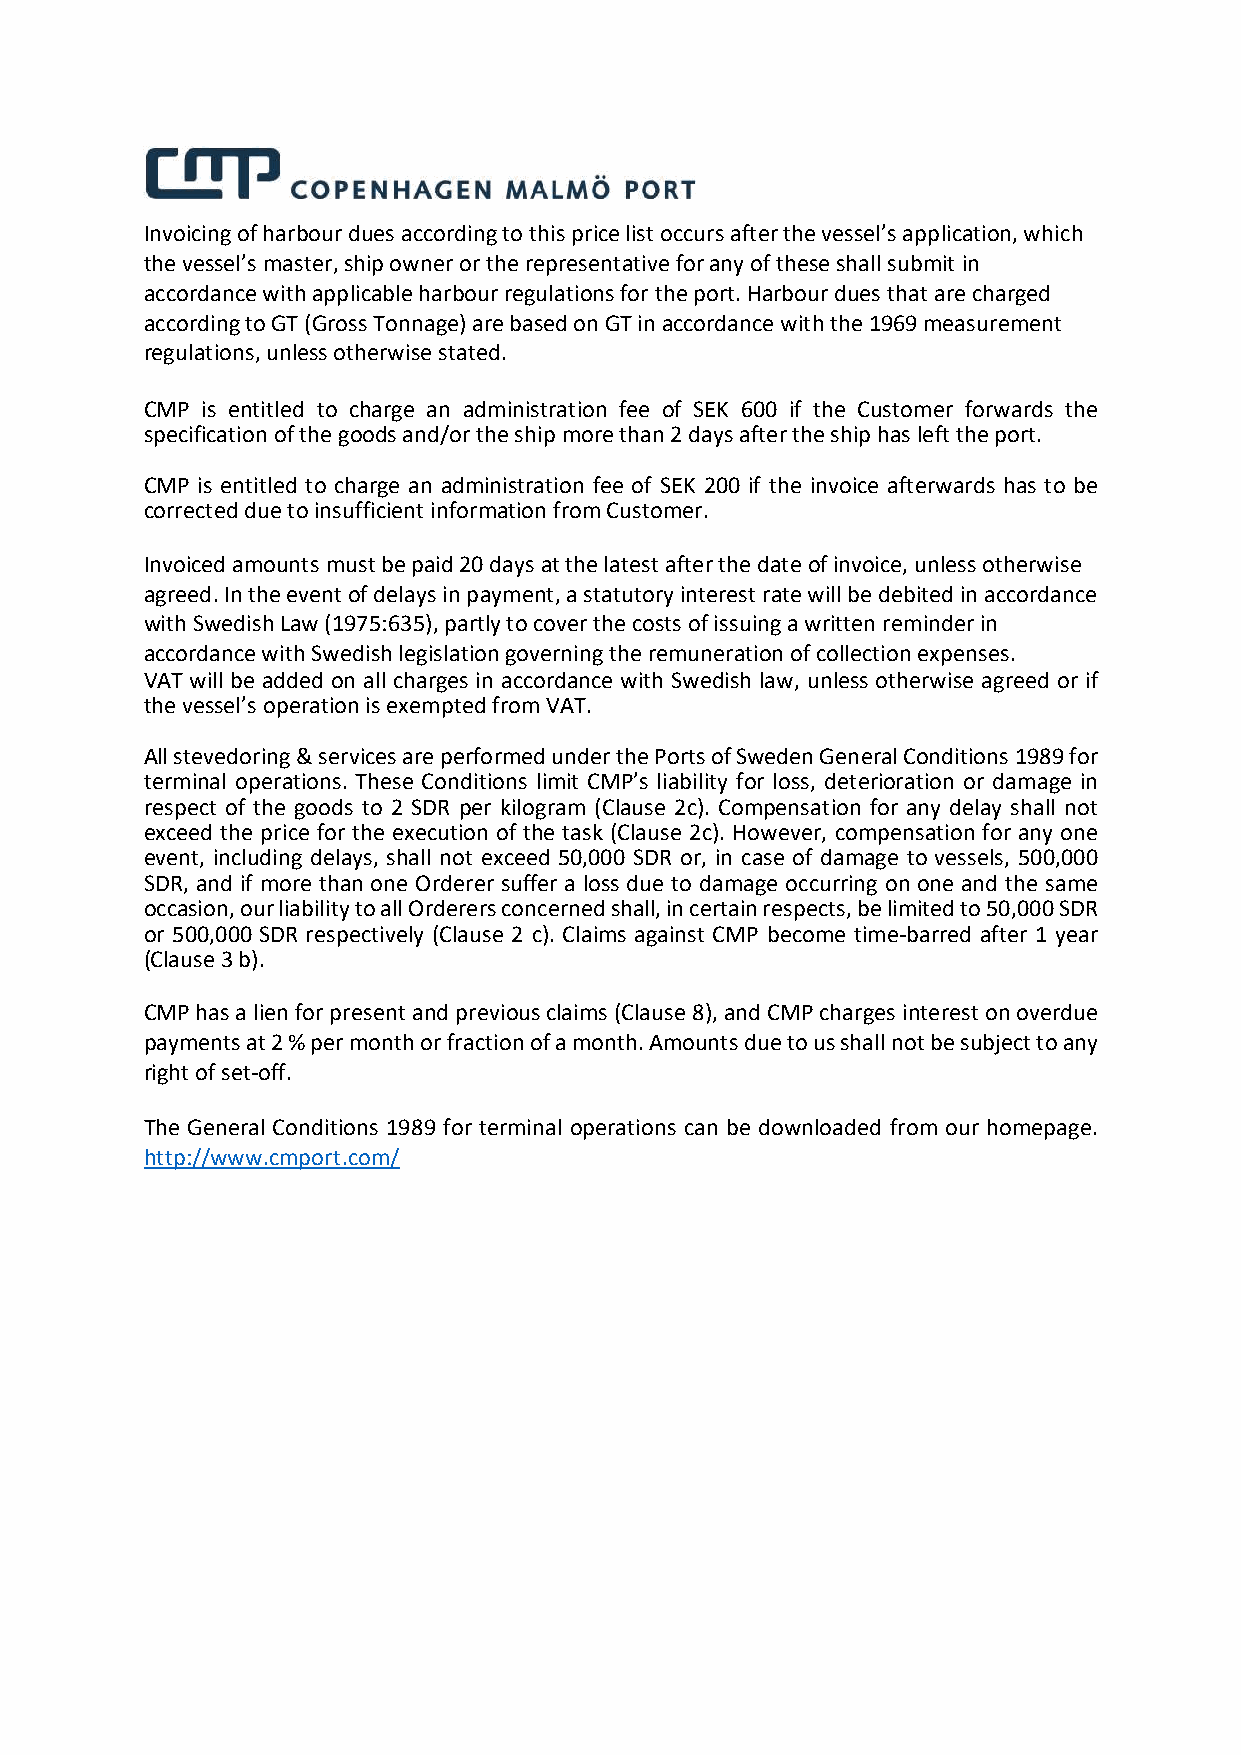
Invoicing of harbour dues according to this price list occurs after the vessel’s application, which
 the vessel’s master, ship owner or the representative for any of these shall submit in
 accordance with applicable harbour regulations for the port. Harbour dues that are charged
 according to GT (Gross Tonnage) are based on GT in accordance with the 1969 measurement
 regulations, unless otherwise stated.
 CMP is entitled to charge an administration fee of SEK 600 if the Customer forwards the
 specification of the goods and/or the ship more than 2 days after the ship has left the port.
 CMP is entitled to charge an administration fee of SEK 200 if the invoice afterwards has to be
 corrected due to insufficient information from Customer.
 Invoiced amounts must be paid 20 days at the latest after the date of invoice, unless otherwise
 agreed. In the event of delays in payment, a statutory interest rate will be debited in accordance
 with Swedish Law (1975:635), partly to cover the costs of issuing a written reminder in
 accordance with Swedish legislation governing the remuneration of collection expenses.
 VAT will be added on all charges in accordance with Swedish law, unless otherwise agreed or if
 the vessel’s operation is exempted from VAT.
 All stevedoring & services are performed under the Ports of Sweden General Conditions 1989 for
 terminal operations. These Conditions limit CMP’s liability for loss, deterioration or damage in
 respect of the goods to 2 SDR per kilogram (Clause 2c). Compensation for any delay shall not
 exceed the price for the execution of the task (Clause 2c). However, compensation for any one
 event, including delays, shall not exceed 50,000 SDR or, in case of damage to vessels, 500,000
 SDR, and if more than one Orderer suffer a loss due to damage occurring on one and the same
 occasion, our liability to all Orderers concerned shall, in certain respects, be limited to 50,000 SDR
 or 500,000 SDR respectively (Clause 2 c). Claims against CMP become time-barred after 1 year
 (Clause 3 b).
 CMP has a lien for present and previous claims (Clause 8), and CMP charges interest on overdue
 payments at 2 % per month or fraction of a month. Amounts due to us shall not be subject to any
 right of set-off.
 The General Conditions 1989 for terminal operations can be downloaded from our homepage.
 http://www.cmport.com/